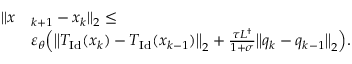
\begin{array} { r l } { \| x } & { _ { k + 1 } - x _ { k } \| _ { 2 } \leq } \\ & { \varepsilon _ { \theta } \Bigl ( \bigl \| T _ { \mathrm { I d } } ( x _ { k } ) - T _ { \mathrm { I d } } ( x _ { k - 1 } ) \bigr \| _ { 2 } + \frac { \tau L ^ { \dagger } } { 1 + \sigma } \bigl \| q _ { k } - q _ { k - 1 } \bigr \| _ { 2 } \Bigr ) . } \end{array}